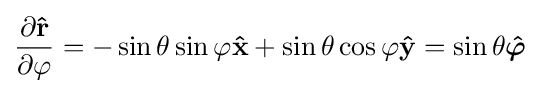
{\frac {\partial \mathbf {\hat {r}} }{\partial \varphi }}=-\sin \theta \sin \varphi \mathbf {\hat {x}} +\sin \theta \cos \varphi \mathbf {\hat {y}} =\sin \theta {\boldsymbol {\hat {\varphi }}}